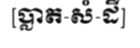
[ប្លាត-សំ-ដី]